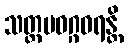
သတ္တမဝဂ္ဂဝရန္တိ